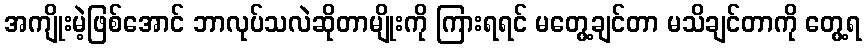
အကျိုးမဲ့ဖြစ်အောင် ဘာလုပ်သလဲဆိုတာမျိုးကို ကြားရရင် မတွေ့ချင်တာ မသိချင်တာကို တွေ့ရ